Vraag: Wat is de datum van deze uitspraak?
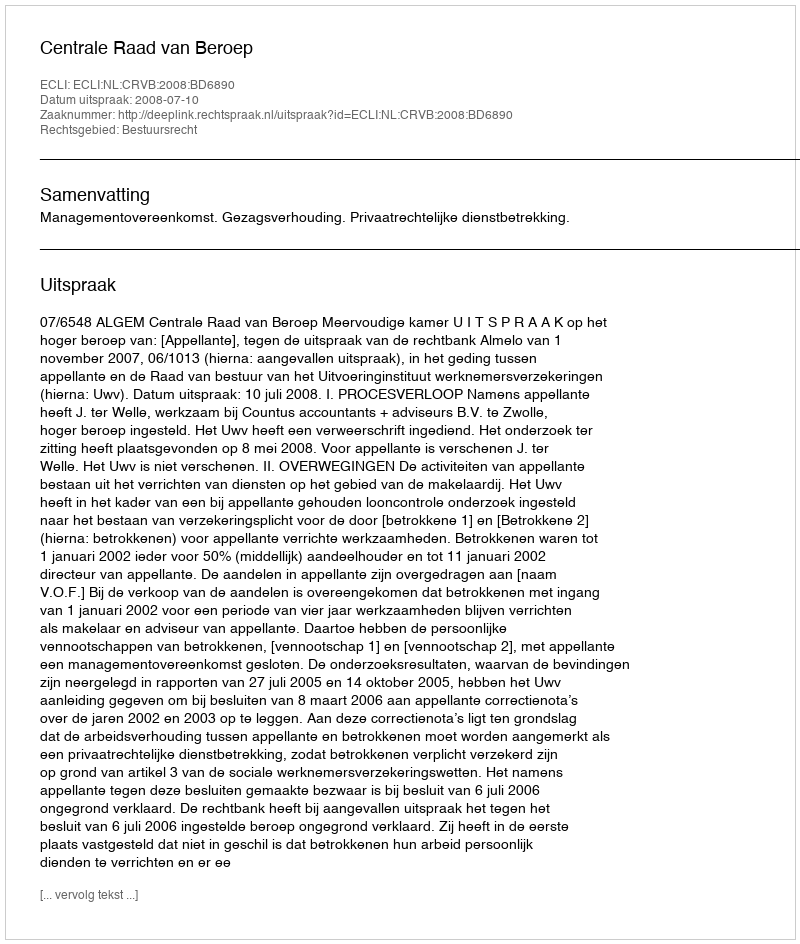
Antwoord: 2008-07-10